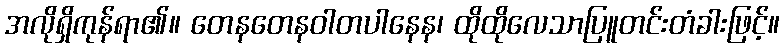
အလိုရှိကုန်ရာ၏။ တေနတေနဝါတပါနေန၊ ထိုထိုလေသာပြူတင်းတံခါးဖြင့်။